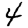
Digit: 4